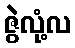
ဇွဲလုံ့လ